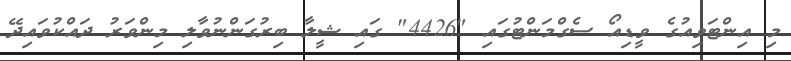
މި އިންޓަވިއުގެ ވީޑިއޯ ސެގްމަންޓުގައި "4426" ގައި ޝީލާ ބިރުގަންނުވާލި މިންވަރު ދައްކުވައިދޭ